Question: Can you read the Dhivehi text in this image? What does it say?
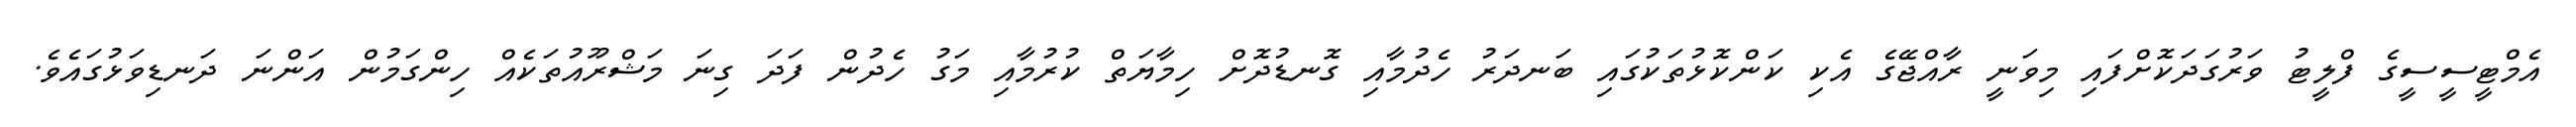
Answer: އެމްޓީސީސީގެ ފްލީޓު ވަރުގަދަކޮށްފައި މިވަނީ ރާއްޖޭގެ އެކި ކަންކޮޅުތަކުގައި ބަނދަރު ހެދުމާއި ގޮނޑުދޮށް ހިމާޔަތް ކުރުމާއި މަގު ހެދުން ފަދަ ގިނަ މަޝްރޫއުތަކެއް ހިންގަމުން އަންނަ ދަނޑިވަޅުގައެވެ.